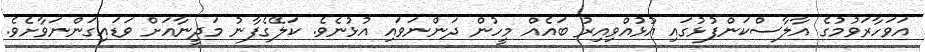
އަވަހާރަވުމުގެ އާލާސްކަންފުޅުގައި އުޅުއްވިއިރު ބައެއް މީހުން ދަންނަވައި އުޅުނެވެ. ކަލޭގެފާނު މަދީނާއަށް ވަޑައިގަންނަވާށެވެ.